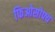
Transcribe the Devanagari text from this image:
फिओसोफ्य